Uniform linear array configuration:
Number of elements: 4
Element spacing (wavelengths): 0.75
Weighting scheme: uniform
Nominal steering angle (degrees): -60
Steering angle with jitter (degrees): -58.374
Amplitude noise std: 0.05
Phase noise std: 0.05

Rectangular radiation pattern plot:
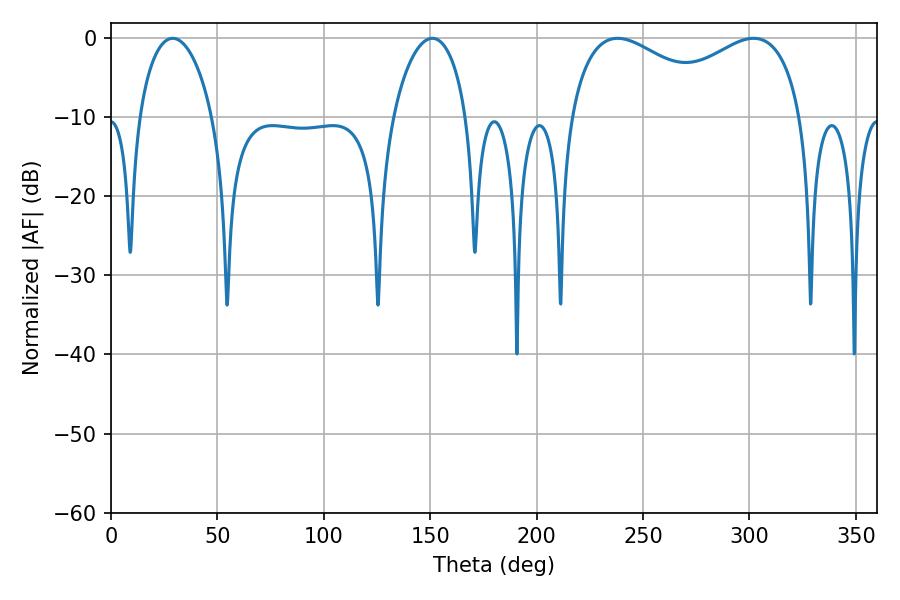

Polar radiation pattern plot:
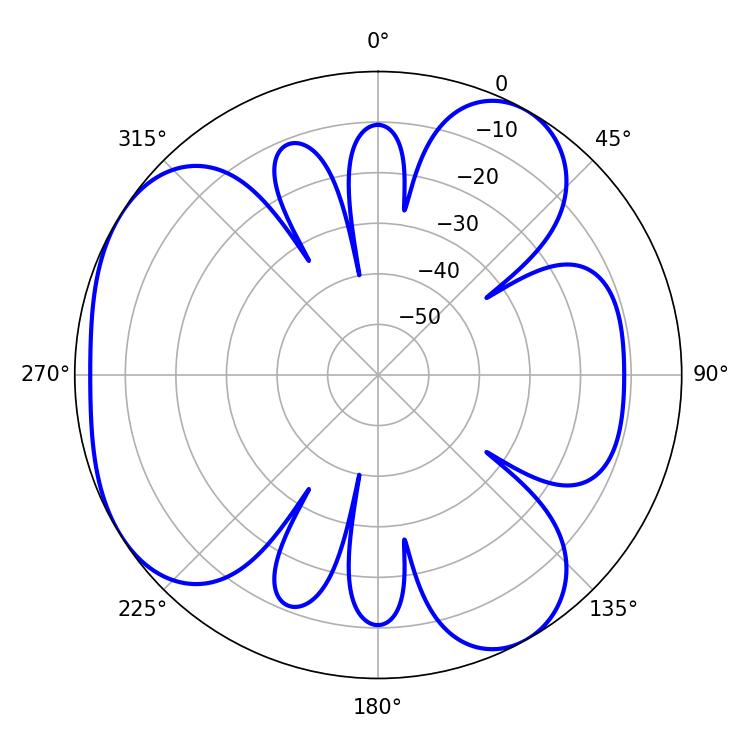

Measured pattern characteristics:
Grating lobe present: TRUE
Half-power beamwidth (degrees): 19.8
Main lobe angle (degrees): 28.98